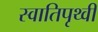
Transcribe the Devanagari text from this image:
स्वातिपृथ्वी